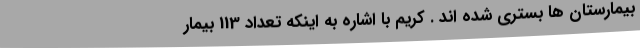
بیمارستان ها بستری شده اند . کریم با اشاره به اینکه تعداد 113 بیمار